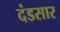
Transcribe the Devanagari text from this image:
दंडसार